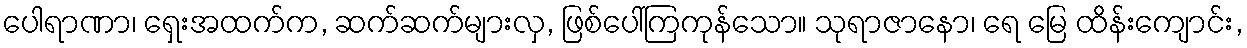
ပေါရာဏာ၊ ရှေးအထက်က, ဆက်ဆက်များလှ, ဖြစ်ပေါ်ကြကုန်သော။ သုရာဇာနော၊ ရေ မြေ ထိန်းကျောင်း,